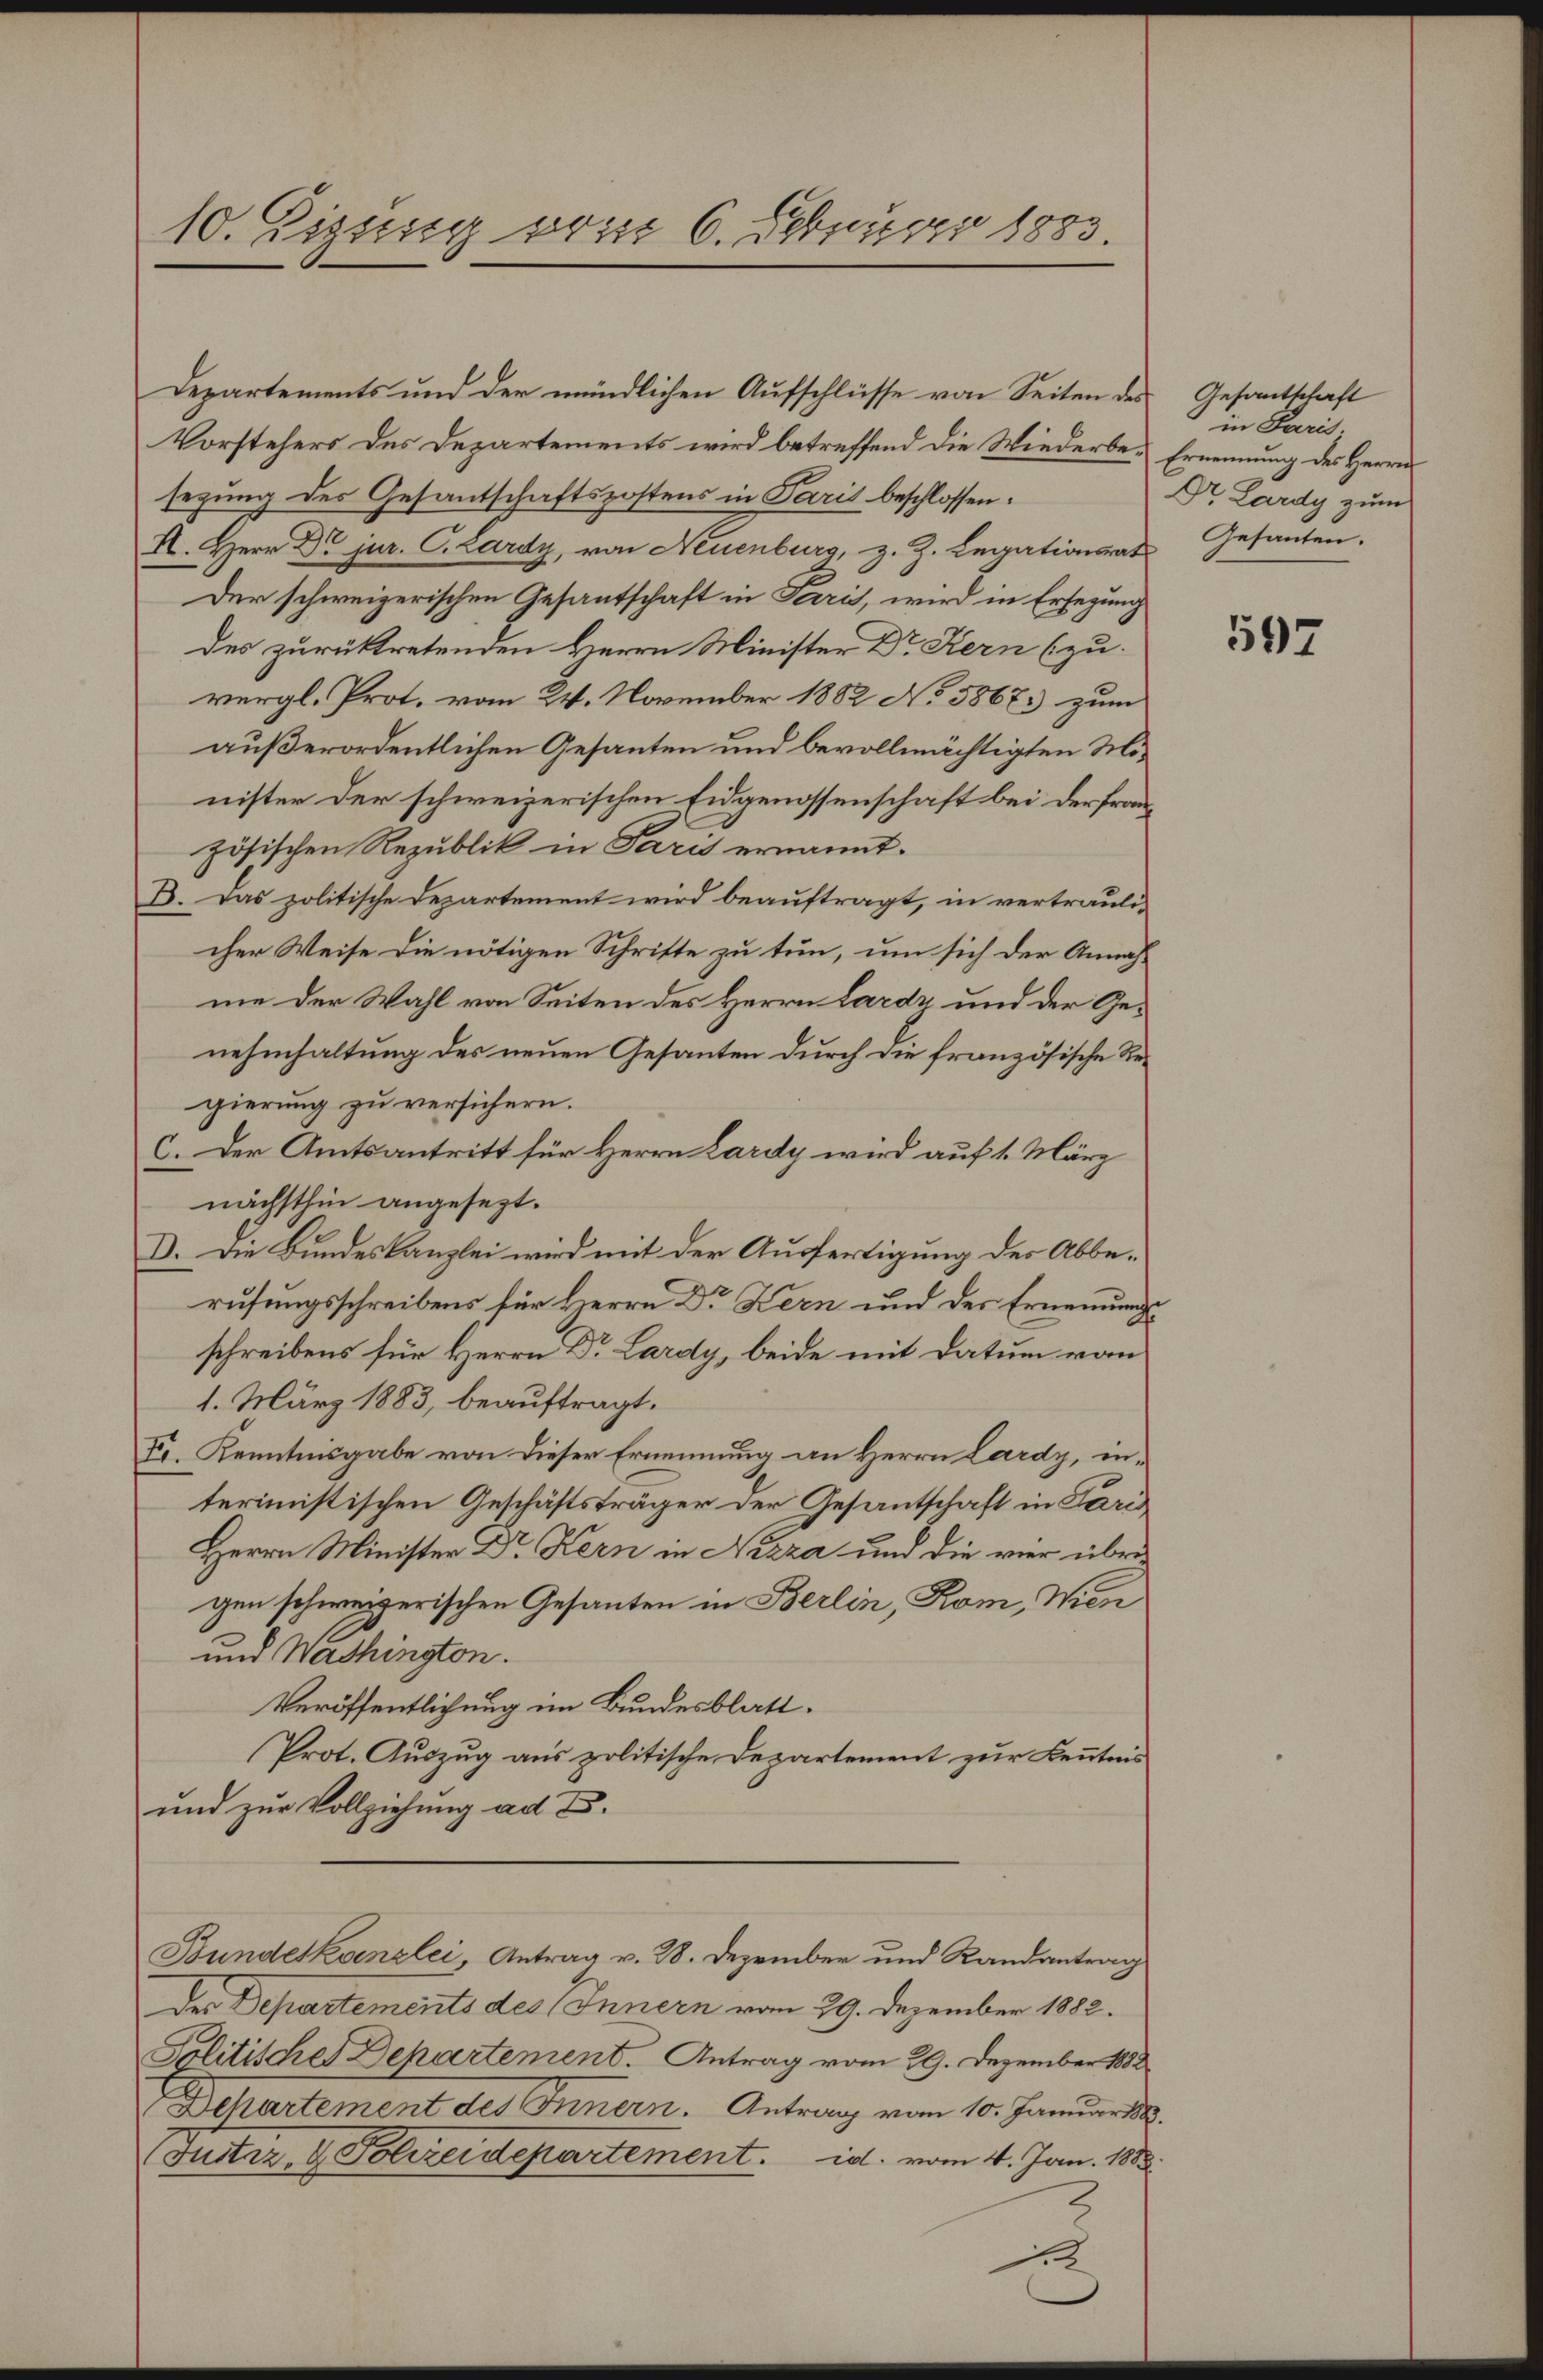
10. Sizung vom 6. Februar 1883.

Departements und der mündlichen Aufschlüsse von Seiten des
Vorstehers des Departements wird betreffend die Wiederbesezung des Gesantschaftspostens in Paris beschlossen:
H. Herr Dr. jur. C. Lardy, von Neuenburg, z. Z. Legationsrat
Der schweizerischen Gesantschaft in Paris, wird in Ersezung
des zurücktretenden Herrn Minister Dr Kern (zu
vergl. Prot. vom 24. November 1882 No 5867 zum
außerordentlichen Gesanten und bevollmächtigten Minister der schweizerischen Eidgenossenschaft bei der fran
zösischen Republik in Paris ernannt.
B. Das politische Departement wird beauftragt, in vertraulicher Weise die nötigen Schritte zu tun, um sich der Annahme der Wahl von Seiten des Herrn Lardz und der Genehmhaltung des neuen Gesanten durch die französische Regierung zu versichern.
c. Der Amtsantritt für Herrn Lardy wird auf 1. März
nächsthin angesezt.
D. Die Bundeskanzlei wird mit der Ausfertigung der Abberufungsschreibens für Herrn Dr Kern und des Ernennung
schreibens für Herrn Dr. Lardy, beide mit Datum von
1. März 1883, beauftragt.
III. Kenntnisgabe von dieser Ernennung an Herrn Lardy, interimistischen Geschäftsträger der Gesantschaft in Paris
Herrn Minister Dr Kern in Nizza und die vier übri
gen schweizerischen Gesanten in Berlin, Rom, Wien
und Washington.
Veröffentlichung im Bundesblatt.
Prot. Auszug aus politische Departement zur Kenntnis
und zur Vollziehung ad Z.
Bundeskanzlei, Antrag v. 28. Dezember und Randantrag
Der Departements des Innern vom 29. Dezember 1882.
Politisches Dehartement. Antrag vom 29. Dezember 1882
Dchartement des Innern. Antrag vom 10. Januar
Justiz- & Polizeidepartement. d. vom 4. Jan. 1888
1

Gesantschaft
in Paris.
Ernennung des Herrn
Dr. Lardy zum
Gesanten.

597